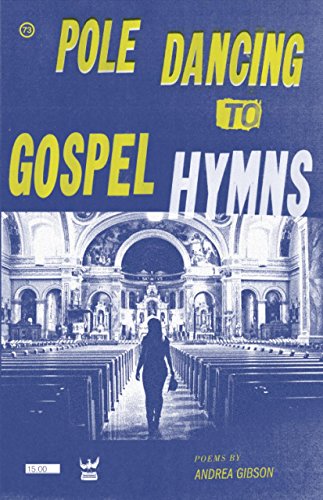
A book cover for Pole Dancing to Gospel Hymns; Andrea Gibson; Gay & Lesbian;